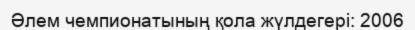
Әлем чемпионатының қола жүлдегері: 2006